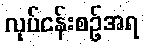
လုပ်ငန်းစဉ်အရ